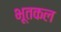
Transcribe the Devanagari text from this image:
भूतकल